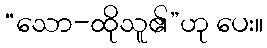
“သော-ထိုသူ၏”ဟု ပေး။